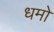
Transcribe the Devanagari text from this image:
धमो